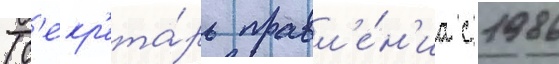
(с'екр'ета́рь правл'е́н'иа с 1986